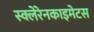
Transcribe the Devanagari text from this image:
स्क्लेरेनकाइमेटस